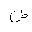
Letter: _dad